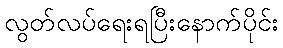
လွတ်လပ်ရေးရပြီးနောက်ပိုင်း